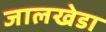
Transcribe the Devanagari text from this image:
जालखेडा